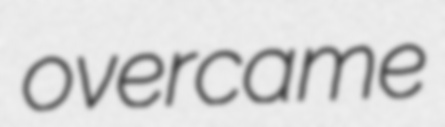
overcame